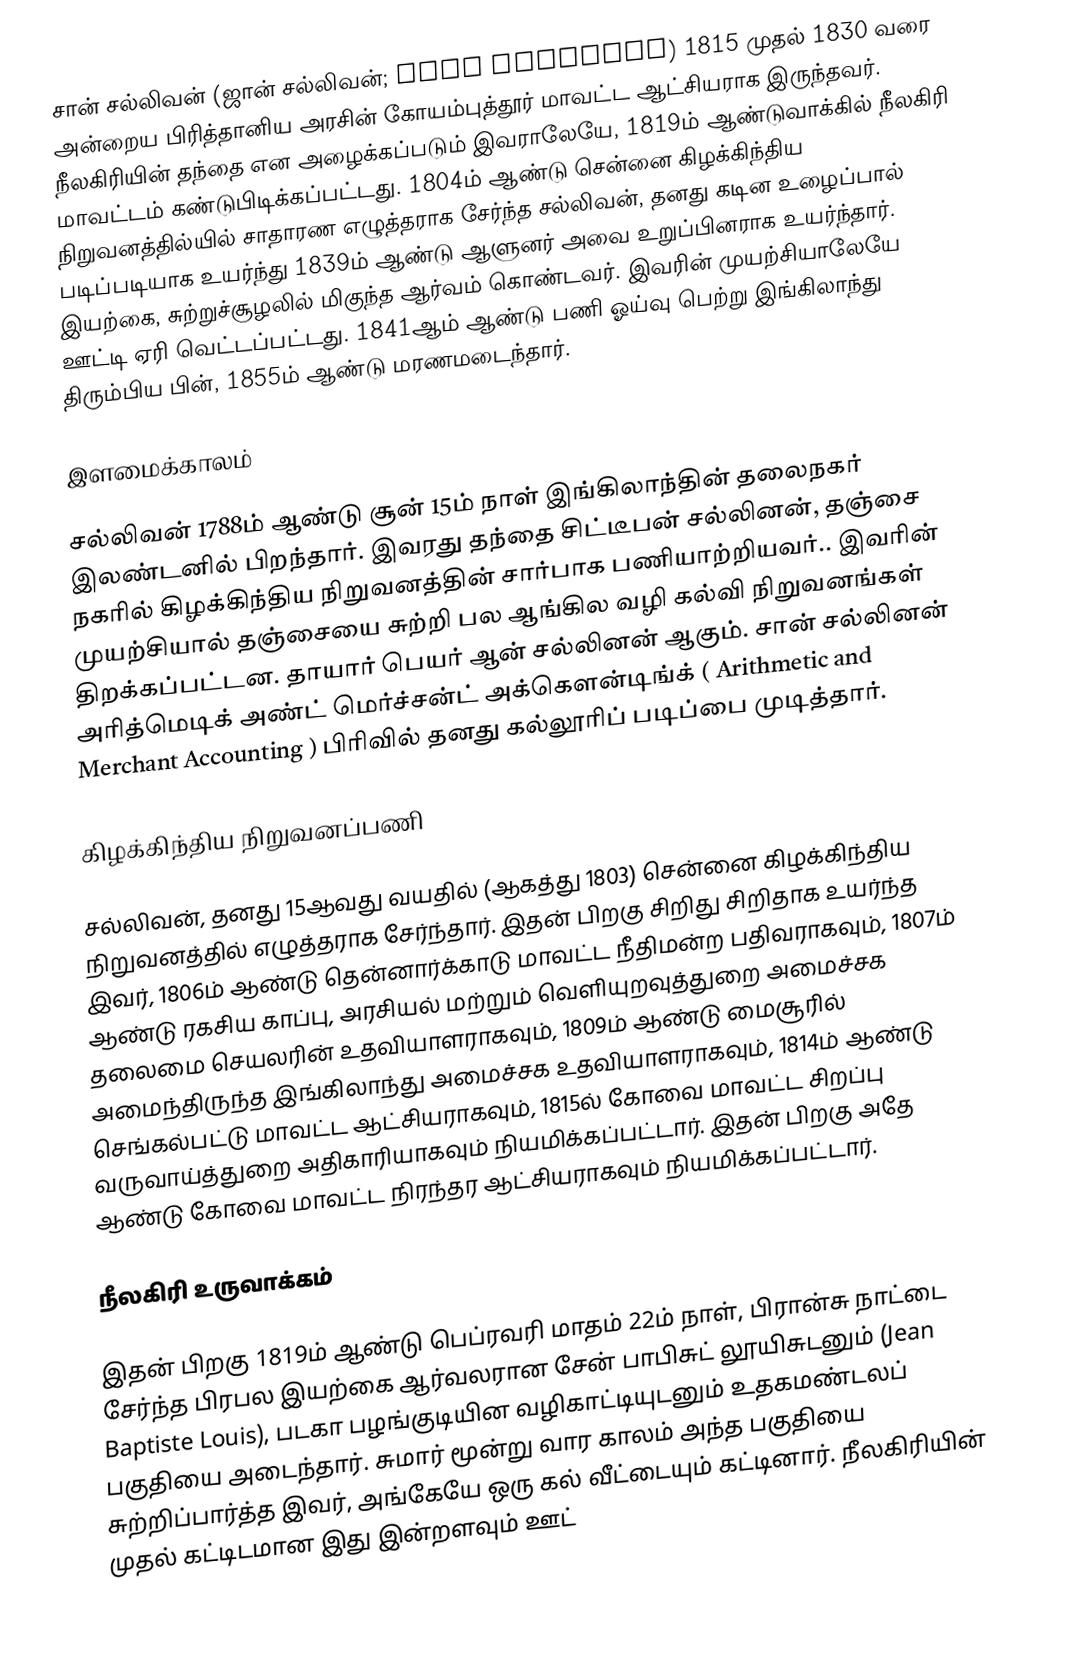
சான் சல்லிவன் (ஜான் சல்லிவன்; John Sullivan) 1815 முதல் 1830 வரை அன்றைய பிரித்தானிய அரசின் கோயம்புத்தூர் மாவட்ட ஆட்சியராக இருந்தவர். நீலகிரியின் தந்தை என அழைக்கப்படும் இவராலேயே, 1819ம் ஆண்டுவாக்கில் நீலகிரி மாவட்டம் கண்டுபிடிக்கப்பட்டது. 1804ம் ஆண்டு சென்னை கிழக்கிந்திய நிறுவனத்தில்யில் சாதாரண எழுத்தராக சேர்ந்த சல்லிவன், தனது கடின உழைப்பால் படிப்படியாக உயர்ந்து 1839ம் ஆண்டு ஆளுனர் அவை உறுப்பினராக உயர்ந்தார். இயற்கை, சுற்றுச்சூழலில் மிகுந்த ஆர்வம் கொண்டவர். இவரின் முயற்சியாலேயே ஊட்டி ஏரி வெட்டப்பட்டது. 1841ஆம் ஆண்டு பணி ஓய்வு பெற்று இங்கிலாந்து திரும்பிய பின், 1855ம் ஆண்டு மரணமடைந்தார்.

இளமைக்காலம்

சல்லிவன் 1788ம் ஆண்டு சூன் 15ம் நாள் இங்கிலாந்தின் தலைநகர் இலண்டனில் பிறந்தார். இவரது தந்தை சிட்டீபன் சல்லினன், தஞ்சை நகரில் கிழக்கிந்திய நிறுவனத்தின் சார்பாக பணியாற்றியவர்.. இவரின் முயற்சியால் தஞ்சையை சுற்றி பல ஆங்கில வழி கல்வி நிறுவனங்கள் திறக்கப்பட்டன. தாயார் பெயர் ஆன் சல்லினன் ஆகும். சான் சல்லினன் அரித்மெடிக் அண்ட் மெர்ச்சன்ட் அக்கௌன்டிங்க் ( Arithmetic and Merchant Accounting ) பிரிவில் தனது கல்லூரிப் படிப்பை முடித்தார்.

கிழக்கிந்திய நிறுவனப்பணி

சல்லிவன், தனது 15ஆவது வயதில் (ஆகத்து 1803) சென்னை கிழக்கிந்திய நிறுவனத்தில் எழுத்தராக சேர்ந்தார். இதன் பிறகு சிறிது சிறிதாக உயர்ந்த இவர், 1806ம் ஆண்டு தென்னார்க்காடு மாவட்ட நீதிமன்ற பதிவராகவும், 1807ம் ஆண்டு ரகசிய காப்பு, அரசியல் மற்றும் வெளியுறவுத்துறை அமைச்சக தலைமை செயலரின் உதவியாளராகவும், 1809ம் ஆண்டு மைசூரில் அமைந்திருந்த இங்கிலாந்து அமைச்சக உதவியாளராகவும், 1814ம் ஆண்டு செங்கல்பட்டு மாவட்ட ஆட்சியராகவும், 1815ல் கோவை மாவட்ட சிறப்பு வருவாய்த்துறை அதிகாரியாகவும் நியமிக்கப்பட்டார். இதன் பிறகு அதே ஆண்டு கோவை மாவட்ட நிரந்தர ஆட்சியராகவும் நியமிக்கப்பட்டார்.

நீலகிரி உருவாக்கம்

இதன் பிறகு 1819ம் ஆண்டு பெப்ரவரி மாதம் 22ம் நாள், பிரான்சு நாட்டை சேர்ந்த பிரபல இயற்கை ஆர்வலரான சேன் பாபிசுட் லூயிசுடனும் (Jean Baptiste Louis), படகா பழங்குடியின வழிகாட்டியுடனும் உதகமண்டலப் பகுதியை அடைந்தார். சுமார் மூன்று வார காலம் அந்த பகுதியை சுற்றிப்பார்த்த இவர், அங்கேயே ஒரு கல் வீட்டையும் கட்டினார். நீலகிரியின் முதல் கட்டிடமான இது இன்றளவும் ஊட்